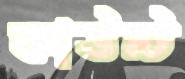
কাউন্ট